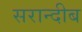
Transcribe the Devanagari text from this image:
सरान्दीब